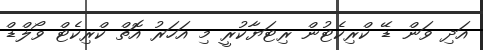
އަދި ވަން ޑޭ ކްރިކެޓުން ރިޓަޔާކުރީ މި އަހަރު އޮތް ކްރިކެޓް ވޯލްޑް